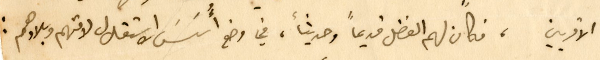
الاقربين، فكان لهم الفضل قديماً وحديثاً، في وضع أُسَسَ الاستقلال لامتهم وبلادهم :